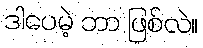
ဒါပေမဲ့ ဘာ ဖြစ်လဲ။